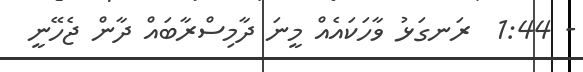
- 1:44  ރަނގަޅު ވާހަކައެއް މީނަ ދާމިސްރާބައް ދާން ޖެހޭނީ